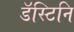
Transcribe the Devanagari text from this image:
डॅस्टिनि